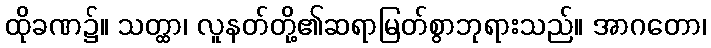
ထိုခဏ၌။ သတ္ထာ၊ လူနတ်တို့၏ဆရာမြတ်စွာဘုရားသည်။ အာဂတော၊